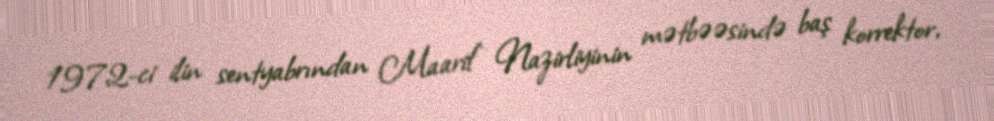
1972-ci ilin sentyabrından Maarif Nazirliyinin mətbəəsində baş korrektor,